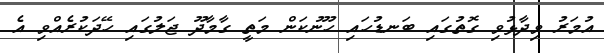
އުމަރު ވިދާޅުވި ގޮތުގައި ބަނޑުހައި ހޫނުކަން މަތީ ގާމާދޫ ޖަލުގައި ހޭދަކުރެއްވި އެ